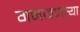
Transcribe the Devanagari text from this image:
गमावणार्‍या